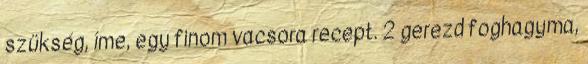
szükség, íme, egy finom vacsora recept. 2 gerezd foghagyma,